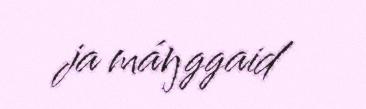
ja máŋggaid